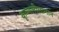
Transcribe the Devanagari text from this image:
कृष्णलीलागान